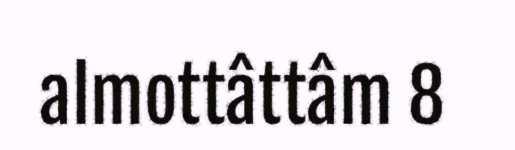
almottâttâm 8